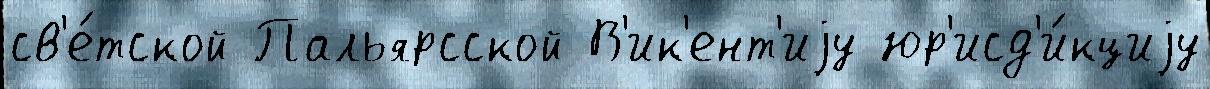
св'е́тской Пальярсской В'ик'ент'иjу юр'исд'и́кциjу